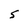
Character: S